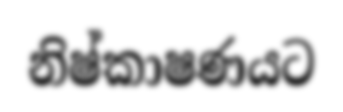
නිෂ්කාෂණයට